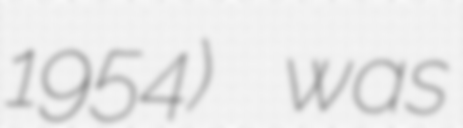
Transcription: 1954) was